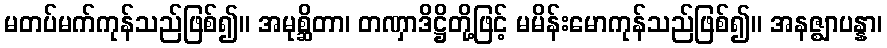
မတပ်မက်ကုန်သည်ဖြစ်၍။ အမုစ္ဆိတာ၊ တဏှာဒိဋ္ဌိတို့ဖြင့် မမိန်းမောကုန်သည်ဖြစ်၍။ အနဇ္ဈာပန္နာ၊